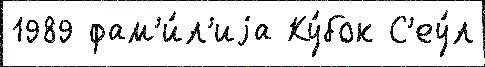
1989 фам'и́л'иjа Ку́бок С'еу́л